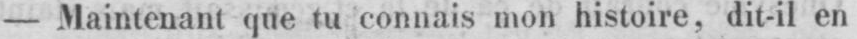
- Maintenant que tu connais mon histoire, dit-il en